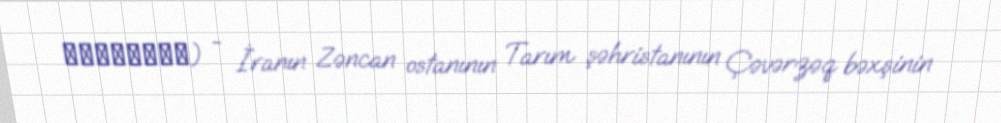
سرخ‌آباد) - İranın Zəncan ostanının Tarım şəhristanının Çəvərzəq bəxşinin